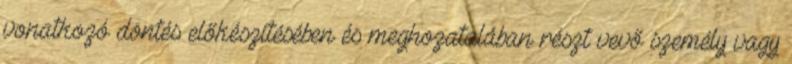
vonatkozó döntés előkészítésében és meghozatalában részt vevő személy vagy